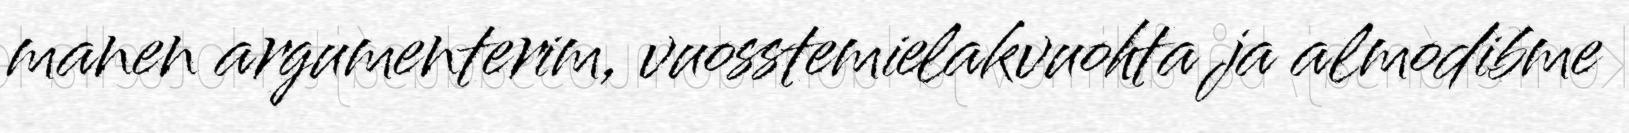
manen argumenterim, vuosstemielakvuohta ja almodibme